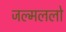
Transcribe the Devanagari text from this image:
जल्मललो